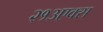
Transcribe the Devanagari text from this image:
२१३एक्स